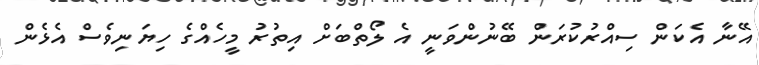
އޭނާ އެކަން ސިއްރުކުރަން ބޭނުންވަނީ އެ ލޯތްބަށް އިތުރު މީހެއްގެ ހިޔަނިވެސް އެޅެން